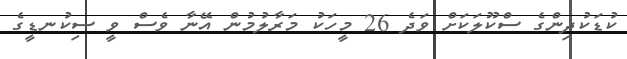
ކުޑަކުދިންގެ ސްކޫލަކަށް ވަދެ 26 މީހަކު މަރާލުމުން އޭނާ ވެސް ވީ ސިކުނޑީގެ